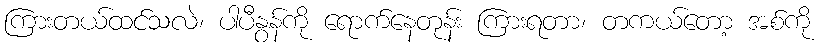
ကြားတယ်ထင်သလဲ၊ ပါပီနွန်ကို ရောက်နေတုန်း ကြားရတာ၊ တကယ်တော့ အစ်ကို